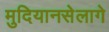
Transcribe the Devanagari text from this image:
मुदियानसेलागे